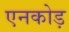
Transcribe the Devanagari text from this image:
एनकोड़